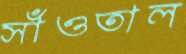
সাঁওতাল